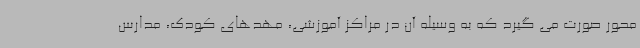
محور صورت می گیرد که به وسیله آن در مراکز آموزشی، مهدهای کودک، مدارس